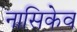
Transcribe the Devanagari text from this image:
नासिकेव